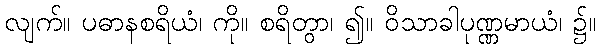
လျက်။ ပဓာနစရိယံ၊ ကို။ စရိတွာ၊ ၍။ ဝိသာခါပုဏ္ဏမာယံ၊ ၌။